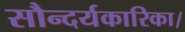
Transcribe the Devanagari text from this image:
सौन्दर्यकारिका।